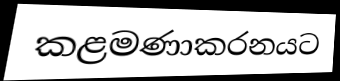
කළමණාකරනයට